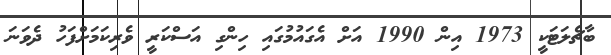
ބާޗެލަޓަކީ 1973 އިން 1990 އަށް އެގައުމުގައި ހިންގި އަސްކަރީ ވެރިކަމަށްފަހު ދެވަނަ